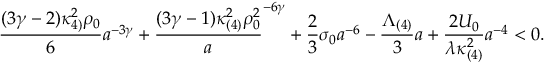
\frac { ( 3 \gamma - 2 ) \kappa _ { 4 ) } ^ { 2 } \rho _ { 0 } } { 6 } a ^ { - 3 \gamma } + \frac { ( 3 \gamma - 1 ) \kappa _ { ( 4 ) } ^ { 2 } \rho _ { 0 } ^ { 2 } } a ^ { - 6 \gamma } + \frac { 2 } { 3 } \sigma _ { 0 } a ^ { - 6 } - \frac { \Lambda _ { ( 4 ) } } { 3 } a + \frac { 2 { \cal U } _ { 0 } } { \lambda \kappa _ { ( 4 ) } ^ { 2 } } a ^ { - 4 } < 0 .